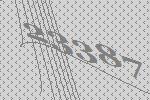
23387